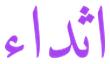
اثداء